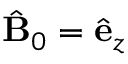
\hat { \mathbf { B } } _ { 0 } = \hat { \mathbf { e } } _ { z }